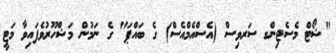
"ޝޯޓް މެސެޖިންގ ސަރވިސް (އެސްއެމްއެސް) ގެ ބައްޕަ" ގެ ނަމުން މަޝްހޫރުވެފައިވާ މަޓީ